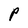
Character: P